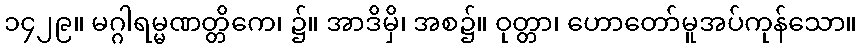
၁၄၂၉။ မဂ္ဂါရမ္မဏတ္တိကေ၊ ၌။ အာဒိမှိ၊ အစ၌။ ဝုတ္တာ၊ ဟောတော်မူအပ်ကုန်သော။